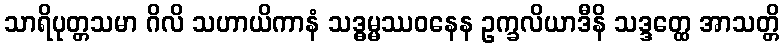
သာရိပုတ္တသမာ ဂိလိ သဟာယိကာနံ သဒ္ဓမ္မဿဝနေန ဥက္ခလိယာဒီနိ သဒ္ဒတ္ထေ အာသတ္တိ